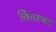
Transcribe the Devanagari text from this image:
तितरफा